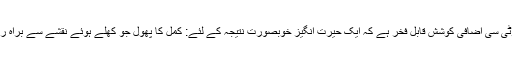
تاہم ، ایک چھوٹی سی اضافی کوشش قابل فخر ہے کہ ایک حیرت انگیز خوبصورت نتیجہ کے لئے: کمل کا پھول جو کھلے ہوئے نقشے سے براہ راست کھلتا ہے!